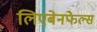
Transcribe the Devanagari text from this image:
लिएबेनफेल्स